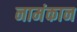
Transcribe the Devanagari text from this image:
नामंकान